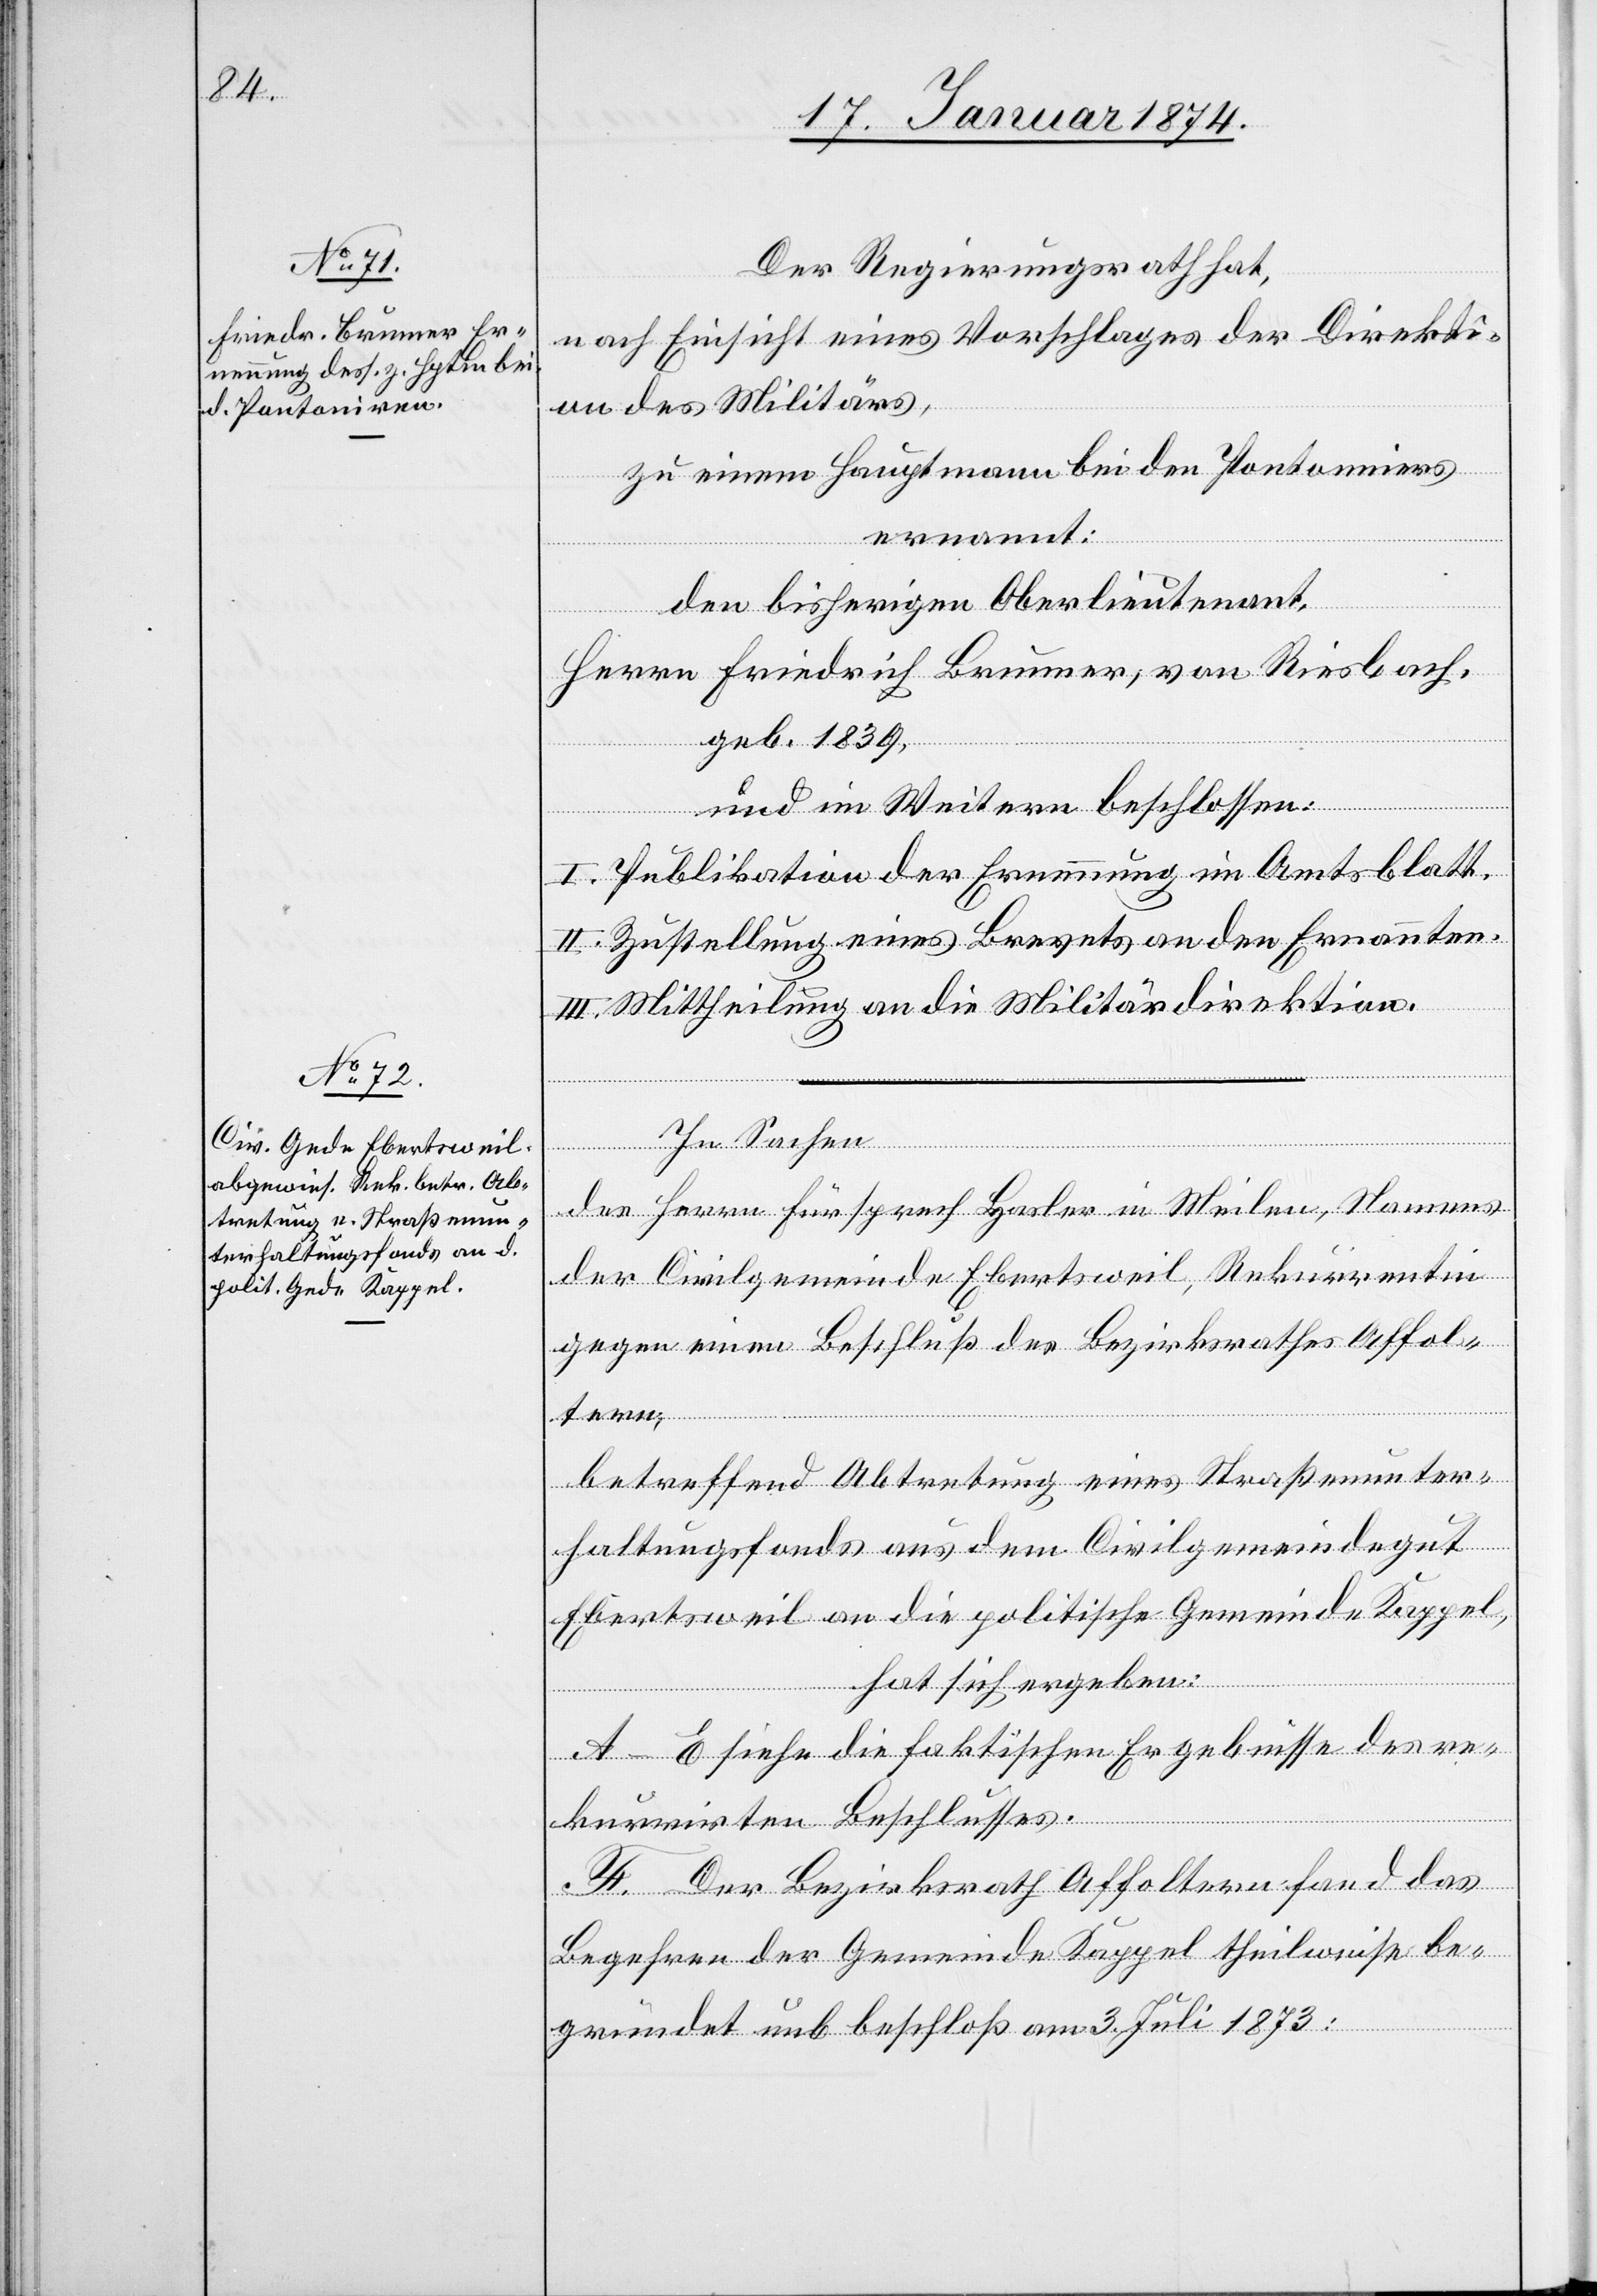
Der Regierungsrath hat,
nach Einsicht eines Vorschlages der Direkti¬
on des Militärs,
zu einem Hauptmann bei den Pontoniers
ernannt:
den bisherigen Oberlieutenant,
Herrn Friedrich Brunner, von Riesbach,
geb. 1839,
und im Weitern beschlossen:
I. Publikation der Ernennung im Amtsblatt.
II. Zustellung eines Brevets an den Ernannten.
III. Mittheilung an die Militärdirektion.
In Sachen
des Herrn Fürsprech Hasler in Meilen, Namens
der Civilgemeinde Ebertsweil, Rekurrentin
gegen einen Beschluß des Bezirksrathes Affol¬
tern,
betreffend Abtretung eines Straßenunter¬
haltungsfonds aus dem Civilgemeindegut
Ebertsweil an die politische Gemeinde Kappel,
hat sich ergeben:
A–E siehe die faktischen Ergebnisse des re¬
kurrirten Beschlusses.
F. Der Bezirksrath Affoltern fand das
Begehren der Gemeinde Kappel theilweise be¬
gründet und beschloß am 3. Juli 1873: